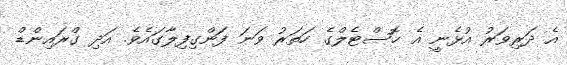
އެ ދަރިވަރު އުޅެނީ އެ ހޮސްޓެލްގެ ހަތަރު ވަނަ ފަންގިފިލާގައެވެ. އަދި ގްރައިންޑް